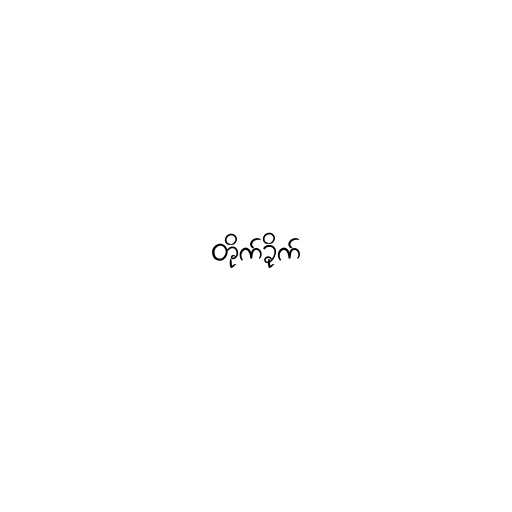
တိုက်ခိုက်